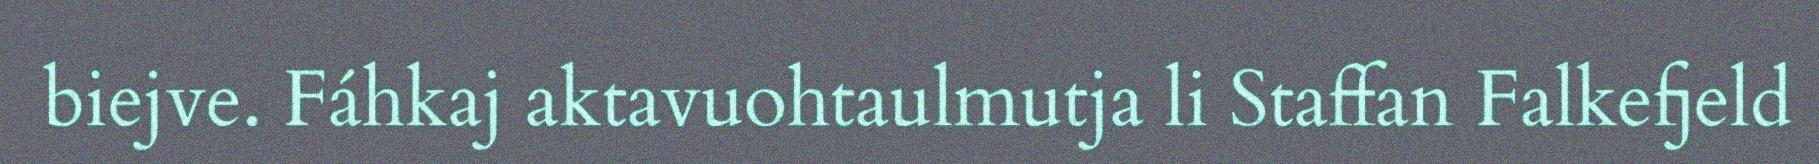
biejve. Fáhkaj aktavuohtaulmutja li Staffan Falkefjeld